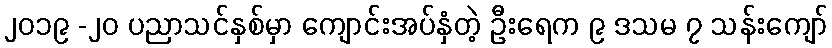
၂၀၁၉ -၂၀ ပညာသင်နှစ်မှာ ကျောင်းအပ်နှံတဲ့ ဦးရေက ၉ ဒသမ ၇ သန်းကျော်